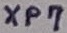
Text: XP7